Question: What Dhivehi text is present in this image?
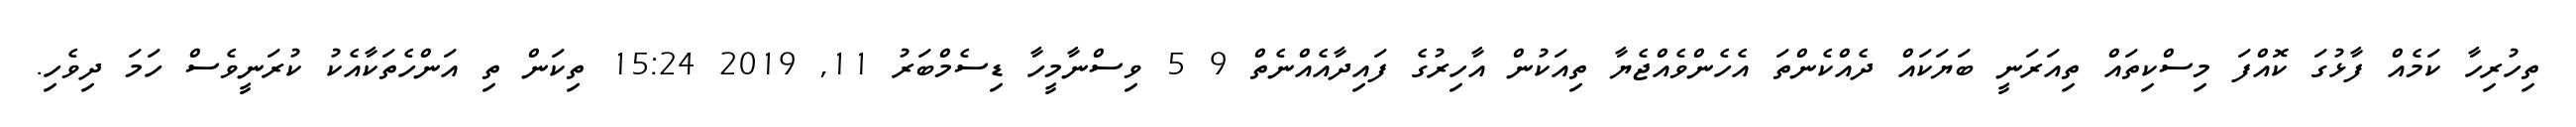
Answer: ތިހުރިހާ ކަމެއް ފާޅުގަ ކޮއްފަ މިސްކިތައް ތިއަރަނީ ބަޔަކައް ދެއްކެންތަ އެހެންވެއްޖެޔާ ތިއަކުން އާހިރުގެ ފައިދާއެއްނެތް 9 5 ވިސްނާމީހާ ޑިސެމްބަރު 11, 2019 15:24 ތިކަން ތި އަންހެތަކާއެކު ކުރަނީވެސް ހަމަ ދިވެހި.